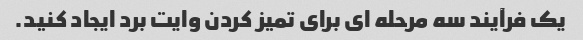
یک فرآیند سه مرحله ای برای تمیز کردن وایت برد ایجاد کنید.